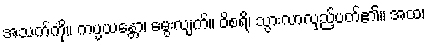
အသက်ကို။ ကပ္ပယန္တော၊ မွေးလျက်။ ဝိစရိ၊ သွားလာလှည့်ပတ်၏။ အထ၊